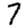
Digit: 7